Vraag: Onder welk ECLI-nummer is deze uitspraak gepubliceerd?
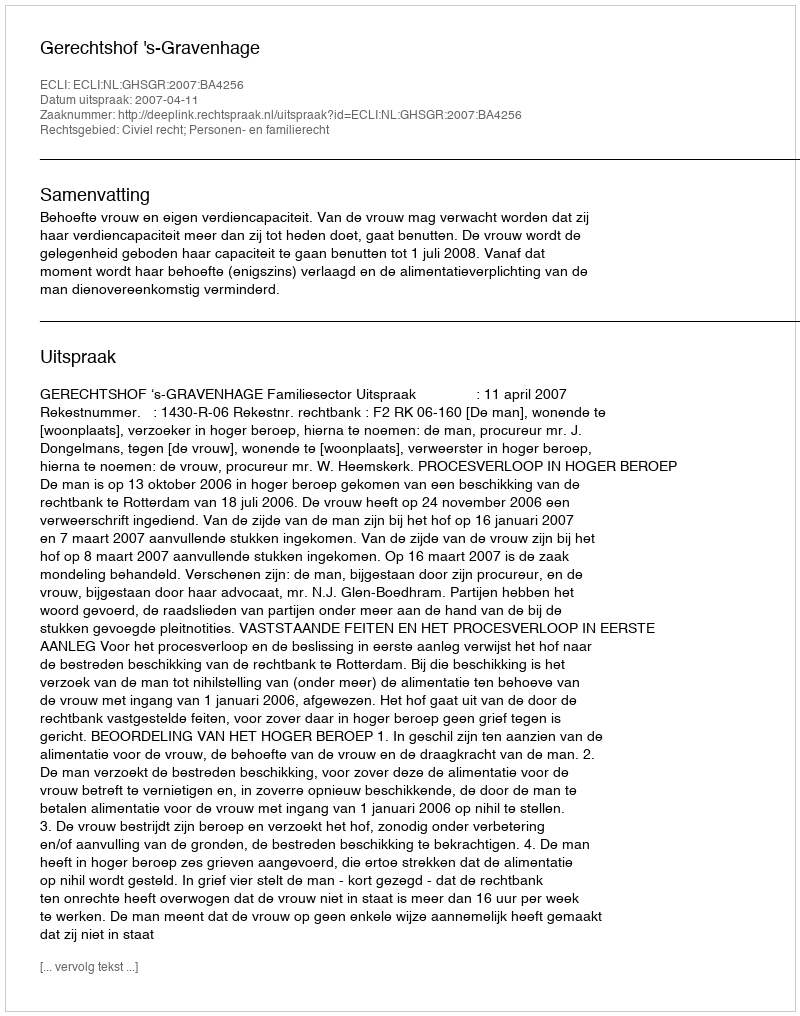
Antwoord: ECLI:NL:GHSGR:2007:BA4256